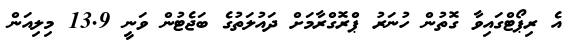
އެ ރިޕޯޓްގައިވާ ގޮތުން ހުނަރު ޕްރޮގްރާމަށް ދައުލަތުގެ ބަޖެޓުން ވަނީ 13.9 މިލިއަން